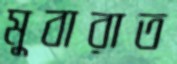
মুবারাত